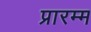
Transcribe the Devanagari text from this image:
प्रारम्म